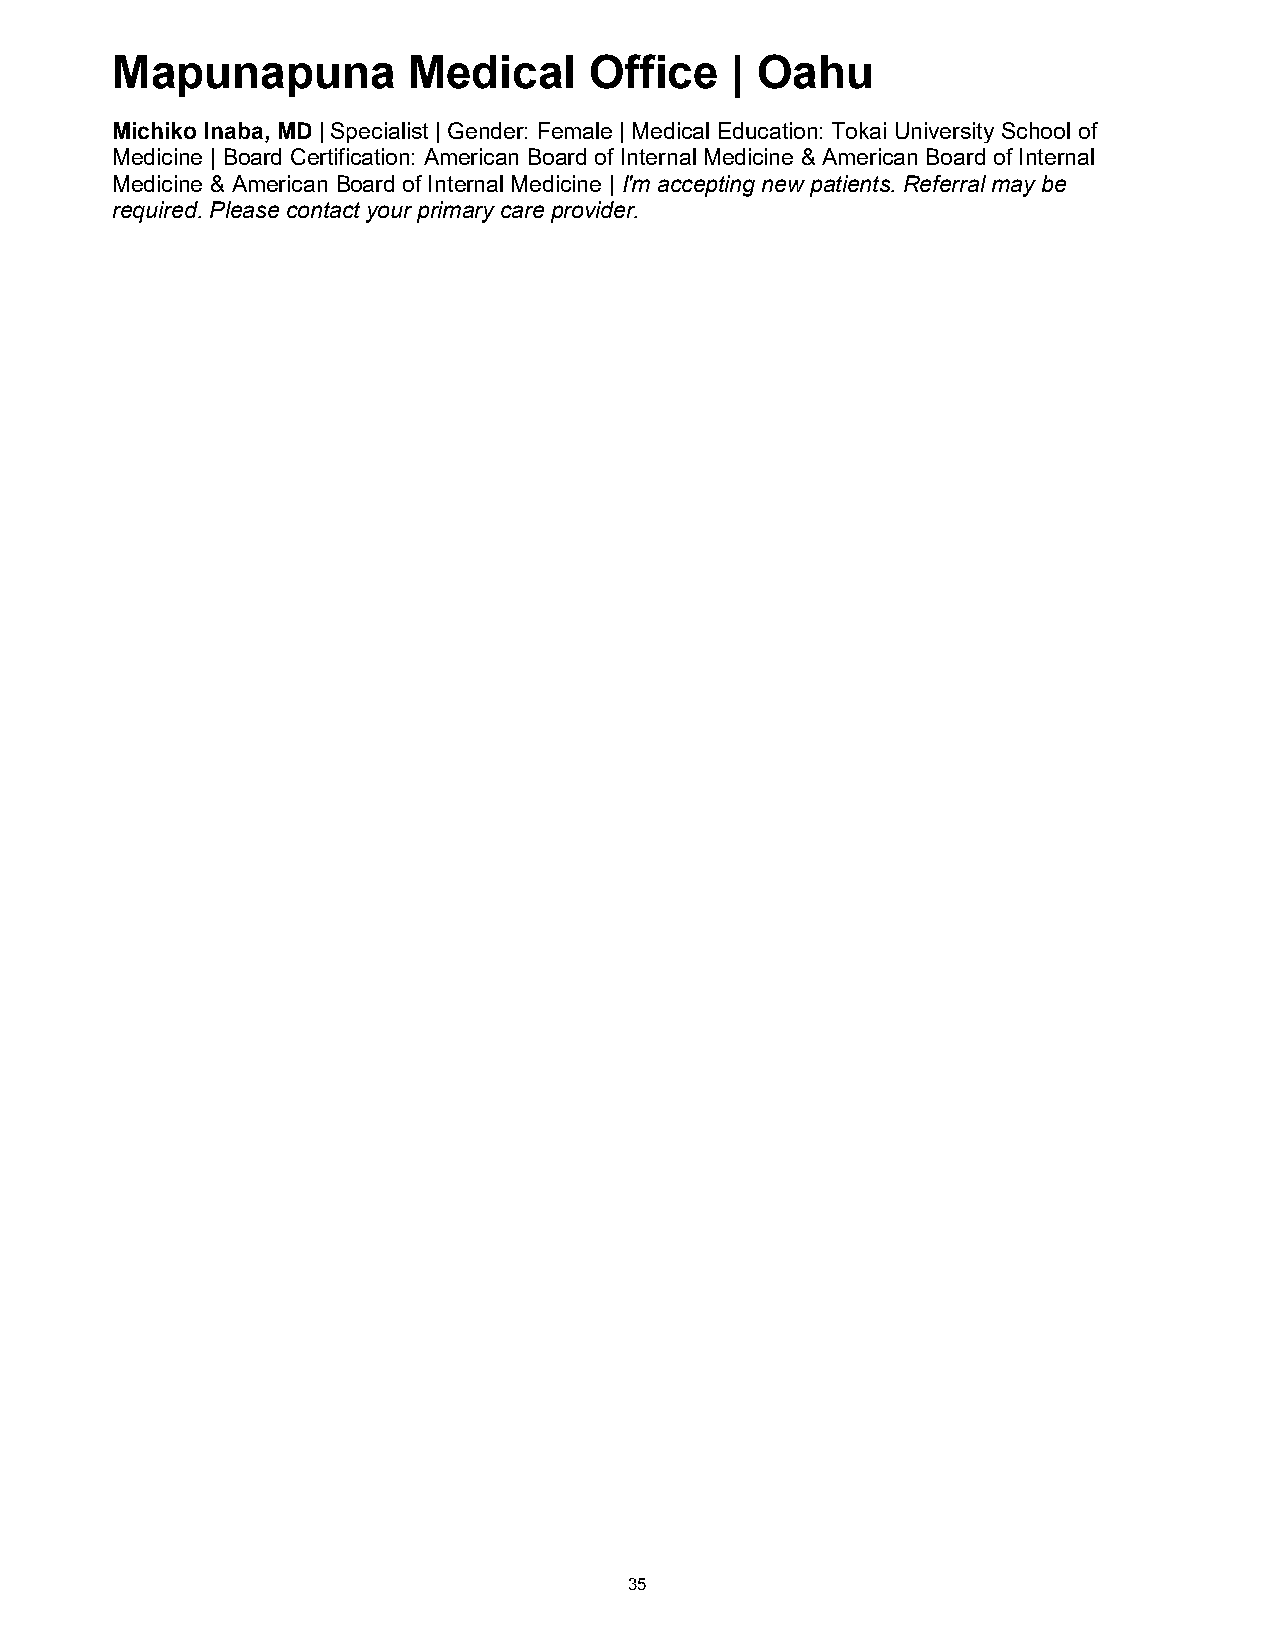
Mapunapuna          Medical     Office   | Oahu
 Michiko Inaba, MD | Specialist | Gender: Female | Medical Education: Tokai University School of
 Medicine | Board Certification: American Board of Internal Medicine & American Board of Internal
 Medicine & American Board of Internal Medicine | I'm accepting new patients. Referral may be
 required. Please contact your primary care provider.
 35